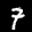
Label: 7